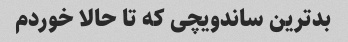
بدترین ساندویچی که تا حالا خوردم